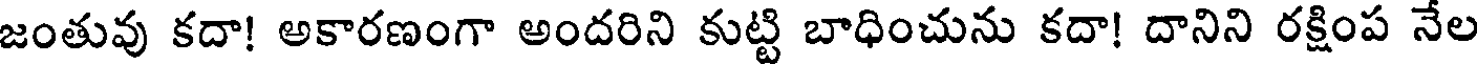
జంతువు కదా! అకారణంగా అందరిని కుట్టి బాధించును కదా! దానిని రక్షింప నేల